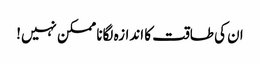
ان کی طاقت کا اندازہ لگانا ممکن نہیں!